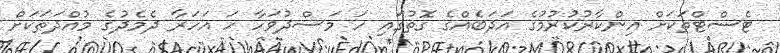
ޓެސްޓްތަކަށް އިންކާރުކުރުމުގެ އަދަބެއްގެ ގޮތުގައި ހަ މަސްދުވަހާ ހަ އަހަރާ ދެމެދުގެ މުއްދަތަކަށް